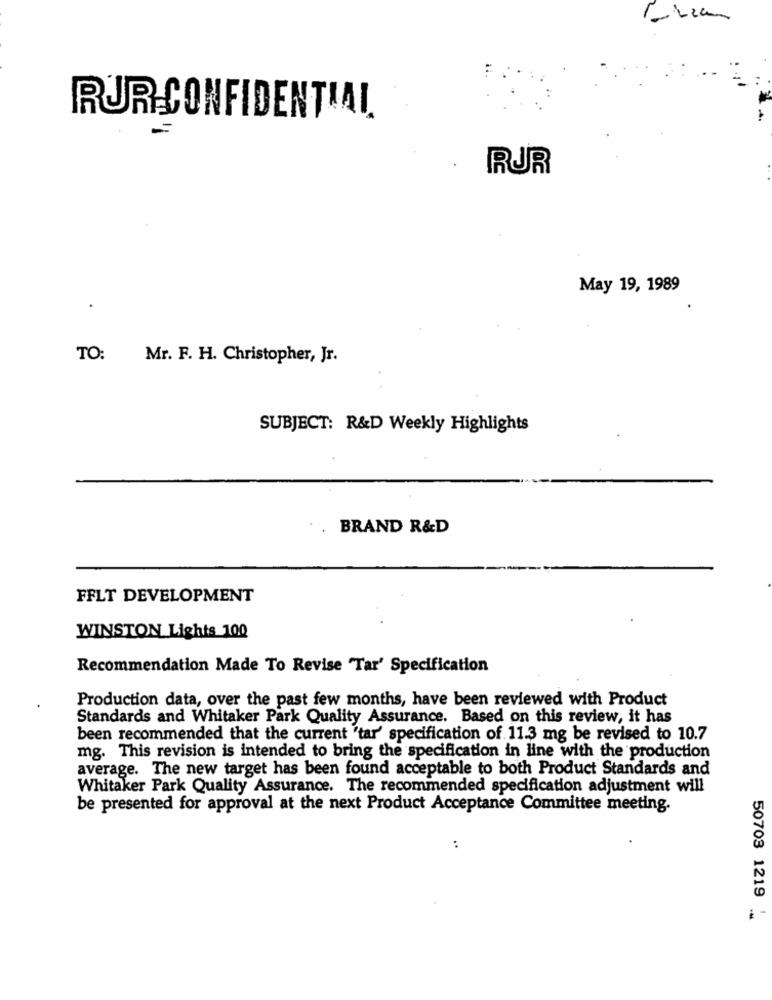
RUR CONFIDENTIAL
RUR
May 19, 1989
.
TO:
Mr. F. H. Christopher, Jr.
SUBJECT: R&D Weekly Highlights
. BRAND R&D
FFLT DEVELOPMENT
WINSTON Lights 100
Recommendation Made To Revise "Tar' Specification
Production data, over the past few months, have been reviewed with Product
Standards and Whitaker Park Quality Assurance. Based on this review, it has
been recommended that the current "tar' specification of 11.3 mg be revised to 10.7
mg. This revision is intended to bring the specification in line with the production
average. The new target has been found acceptable to both Product Standards and
Whitaker Park Quality Assurance. The recommended specification adjustment will
be presented for approval at the next Product Acceptance Committee meeting.
..
50703 1219 :
-